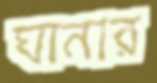
ঘানার